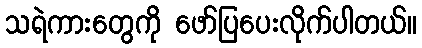
သရဲကားတွေကို ဖော်ပြပေးလိုက်ပါတယ်။